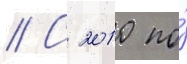
// С 2010 по́